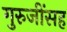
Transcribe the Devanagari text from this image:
गुरुजींसह